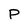
Character: P